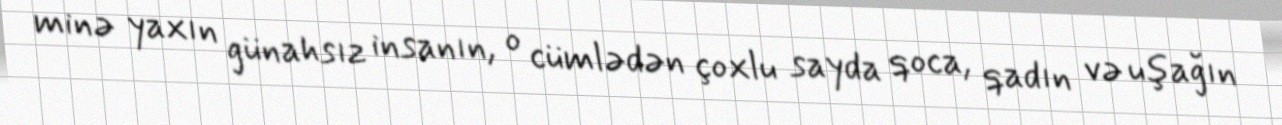
minə yaxın günahsız insanın, o cümlədən çoxlu sayda qoca, qadın və uşağın